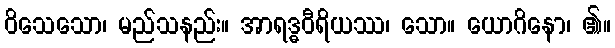
ဝိသေသော၊ မည်သနည်း။ အာရဒ္ဓဝီရိယဿ၊ သော။ ယောဂိနော၊ ၏။